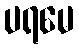
ပရမေ